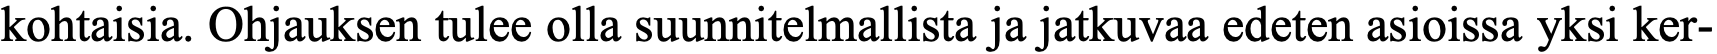
kohtaisia. Ohjauksen tulee olla suunnitelmallista ja jatkuvaa edeten asioissa yksi ker-